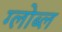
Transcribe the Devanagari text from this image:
ग्लोब्ल